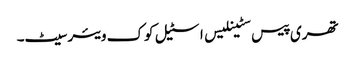
تھری پیس سٹینلیس اسٹیل کوک ویئر سیٹ۔